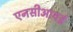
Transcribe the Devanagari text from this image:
एनसीआयई